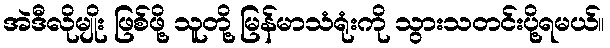
အဲဒီလိုမျိုး ဖြစ်ဖို့ သူတို့ မြန်မာသံရုံးကို သွားသတင်းပို့ရမယ်။